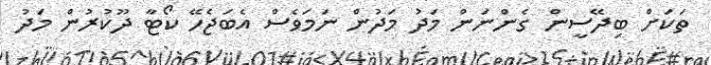
ތަކަށް ބިދޭސީން ގެންނަން މަދު މަދުން ނަމަވެސް އެބަޖެހޭ ކޯޓާ ދޫކުރުން މަދު